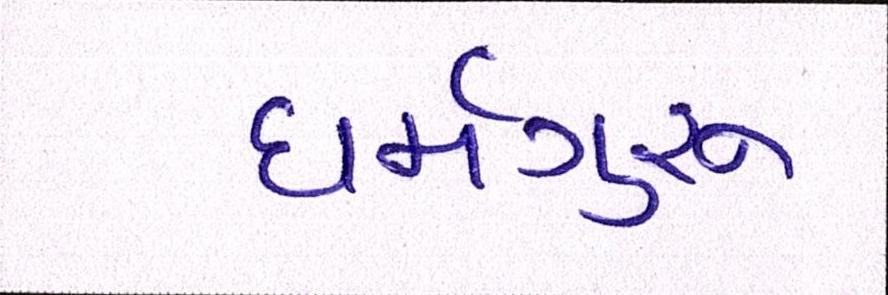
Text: ધર્મગુરૂ